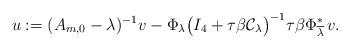
LaTeX: \begin{align*} u := (A_{m, 0} - \lambda)^{-1} v - \Phi_\lambda \big( I_4 + \tau \beta \mathcal{C}_\lambda \big)^{-1} \tau \beta \Phi_{\overline{\lambda}}^* \, v. \end{align*}